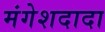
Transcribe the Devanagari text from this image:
मंगेशदादा